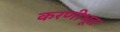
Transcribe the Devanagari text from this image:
करणीभूत